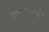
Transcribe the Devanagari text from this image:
तबाताबईन